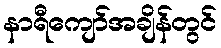
နာရီကျော်အချိန်တွင်